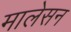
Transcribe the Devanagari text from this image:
मालेसन